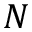
N